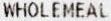
WHOLEMEAL